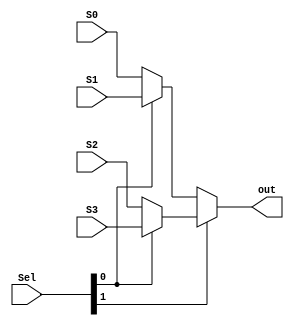
module MUX4_1(Sel,S0,S1,S2,S3,out);
input [1:0] Sel;
input [7:0] S0,S1,S2,S3;
output [7:0]out;
assign out = (Sel[1]?(Sel[0]?S3:S2) : (Sel[0]?S1:S0));
endmodule